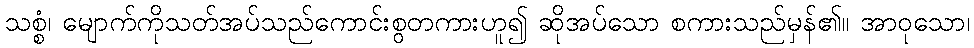
သစ္စံ၊ မျောက်ကိုသတ်အပ်သည်ကောင်းစွတကားဟူ၍ ဆိုအပ်သော စကားသည်မှန်၏။ အာဝုသော၊